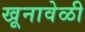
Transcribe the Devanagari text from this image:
खूनावेळी